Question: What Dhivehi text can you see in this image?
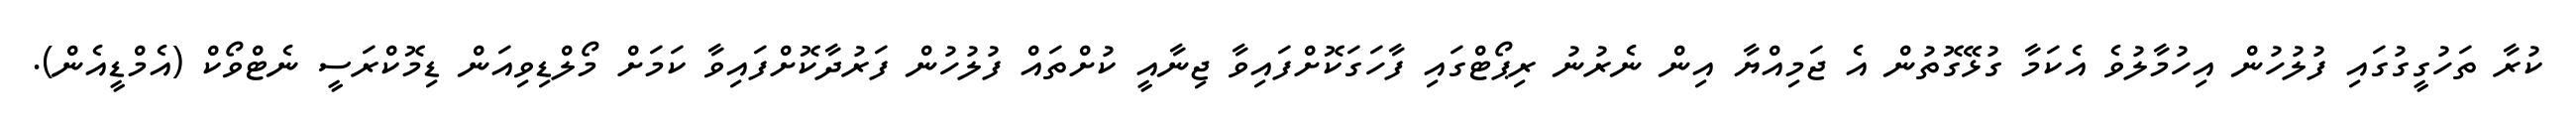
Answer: ކުރާ ތަހުގީގުގައި ފުލުހުން އިހުމާލުވެ އެކަމާ ގުޅޭގޮތުން އެ ޖަމިއްޔާ އިން ނެރުނު ރިޕޯޓްގައި ފާހަގަކޮށްފައިވާ ޖިނާއީ ކުށްތައް ފުލުހުން ފަރުދާކޮށްފައިވާ ކަމަށް މޯލްޑިވިއަން ޑިމޮކްރަސީ ނެޓްވޯކް (އެމްޑީއެން).